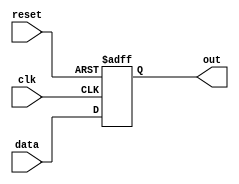
module async_reset_behavioral_model (
    input wire clk,        // Clock signal
    input wire reset,      // Asynchronous reset signal
    input wire [7:0] data, // Example data input
    output reg [7:0] out   // Output signal
);

// Initial state for output
initial begin
    out = 8'b00000000; // Default state
end

// Always block for asynchronous reset and synchronous operation
always @(posedge clk or posedge reset) begin
    if (reset) begin
        // Asynchronous reset: set output to predefined state
        out <= 8'b00000000; // Reset output to 0
    end else begin
        // Normal operation: update output based on input data
        out <= data; // Example logic: output follows data input
    end
end

endmodule